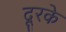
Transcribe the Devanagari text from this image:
दूरके